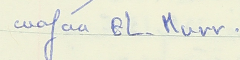
Wafaa EL-Murr